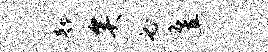
欹矣必翌